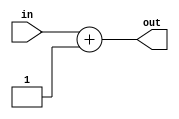
module INC1 #(parameter SIZE = 1) (input in, output [SIZE:0] out);
assign out = in + 1;
endmodule